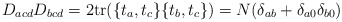
\begin{align*}D_{acd} D_{bcd} = 2 {\rm tr}(\{t_a, t_c\} \{t_b,t_c\})= N (\delta_{ab} + \delta_{a0} \delta_{b0})\end{align*}